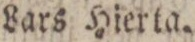
Lars Hierta.